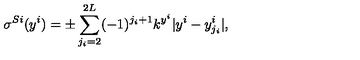
\sigma ^ { S i } ( y ^ { i } ) = \pm \sum _ { j _ { i } = 2 } ^ { 2 L } ( - 1 ) ^ { j _ { i } + 1 } k ^ { y ^ { i } } | y ^ { i } - y _ { j _ { i } } ^ { i } | , \,